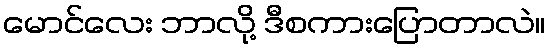
မောင်လေး ဘာလို့ ဒီစကားပြောတာလဲ။